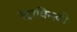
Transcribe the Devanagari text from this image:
स्ट्राविन्स्की